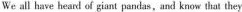
We all have heard of giant pandaa , and know that they